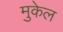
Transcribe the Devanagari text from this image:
मुकेल